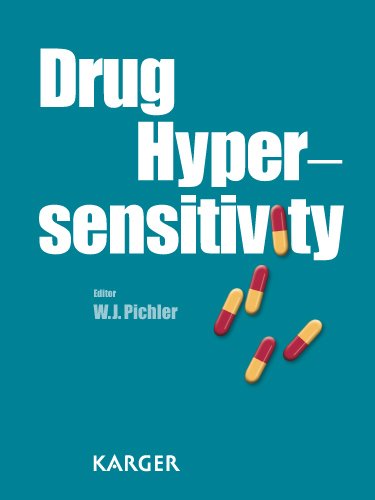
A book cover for Drug Hypersensitivity; Medical Books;